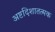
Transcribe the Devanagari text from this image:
अष्टदिशातत्मक